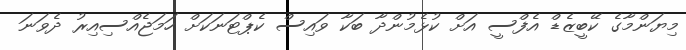
މިޔަންމާގެ ކޭބީޒެޑް އެފްސީ އަށް ކުޅެމުންދާ ބަކާ ވައިސް ކެޕްޓަނަކަށް ހަމަޖެއްސިއިރު ދެވަނަ